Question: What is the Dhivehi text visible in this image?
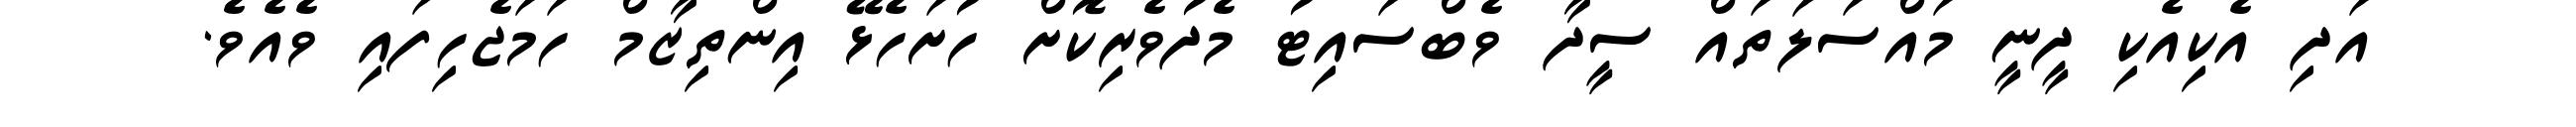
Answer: އަދި އެކިއެކި ދީނީ މައްސަލަތައް ސީދާ ވެބްސައިޓު މެދުވެރިކޮށް ހުށަހެޅޭ އިންތިޒާމް ހަމަޖެހިފައި ވެއެވެ.